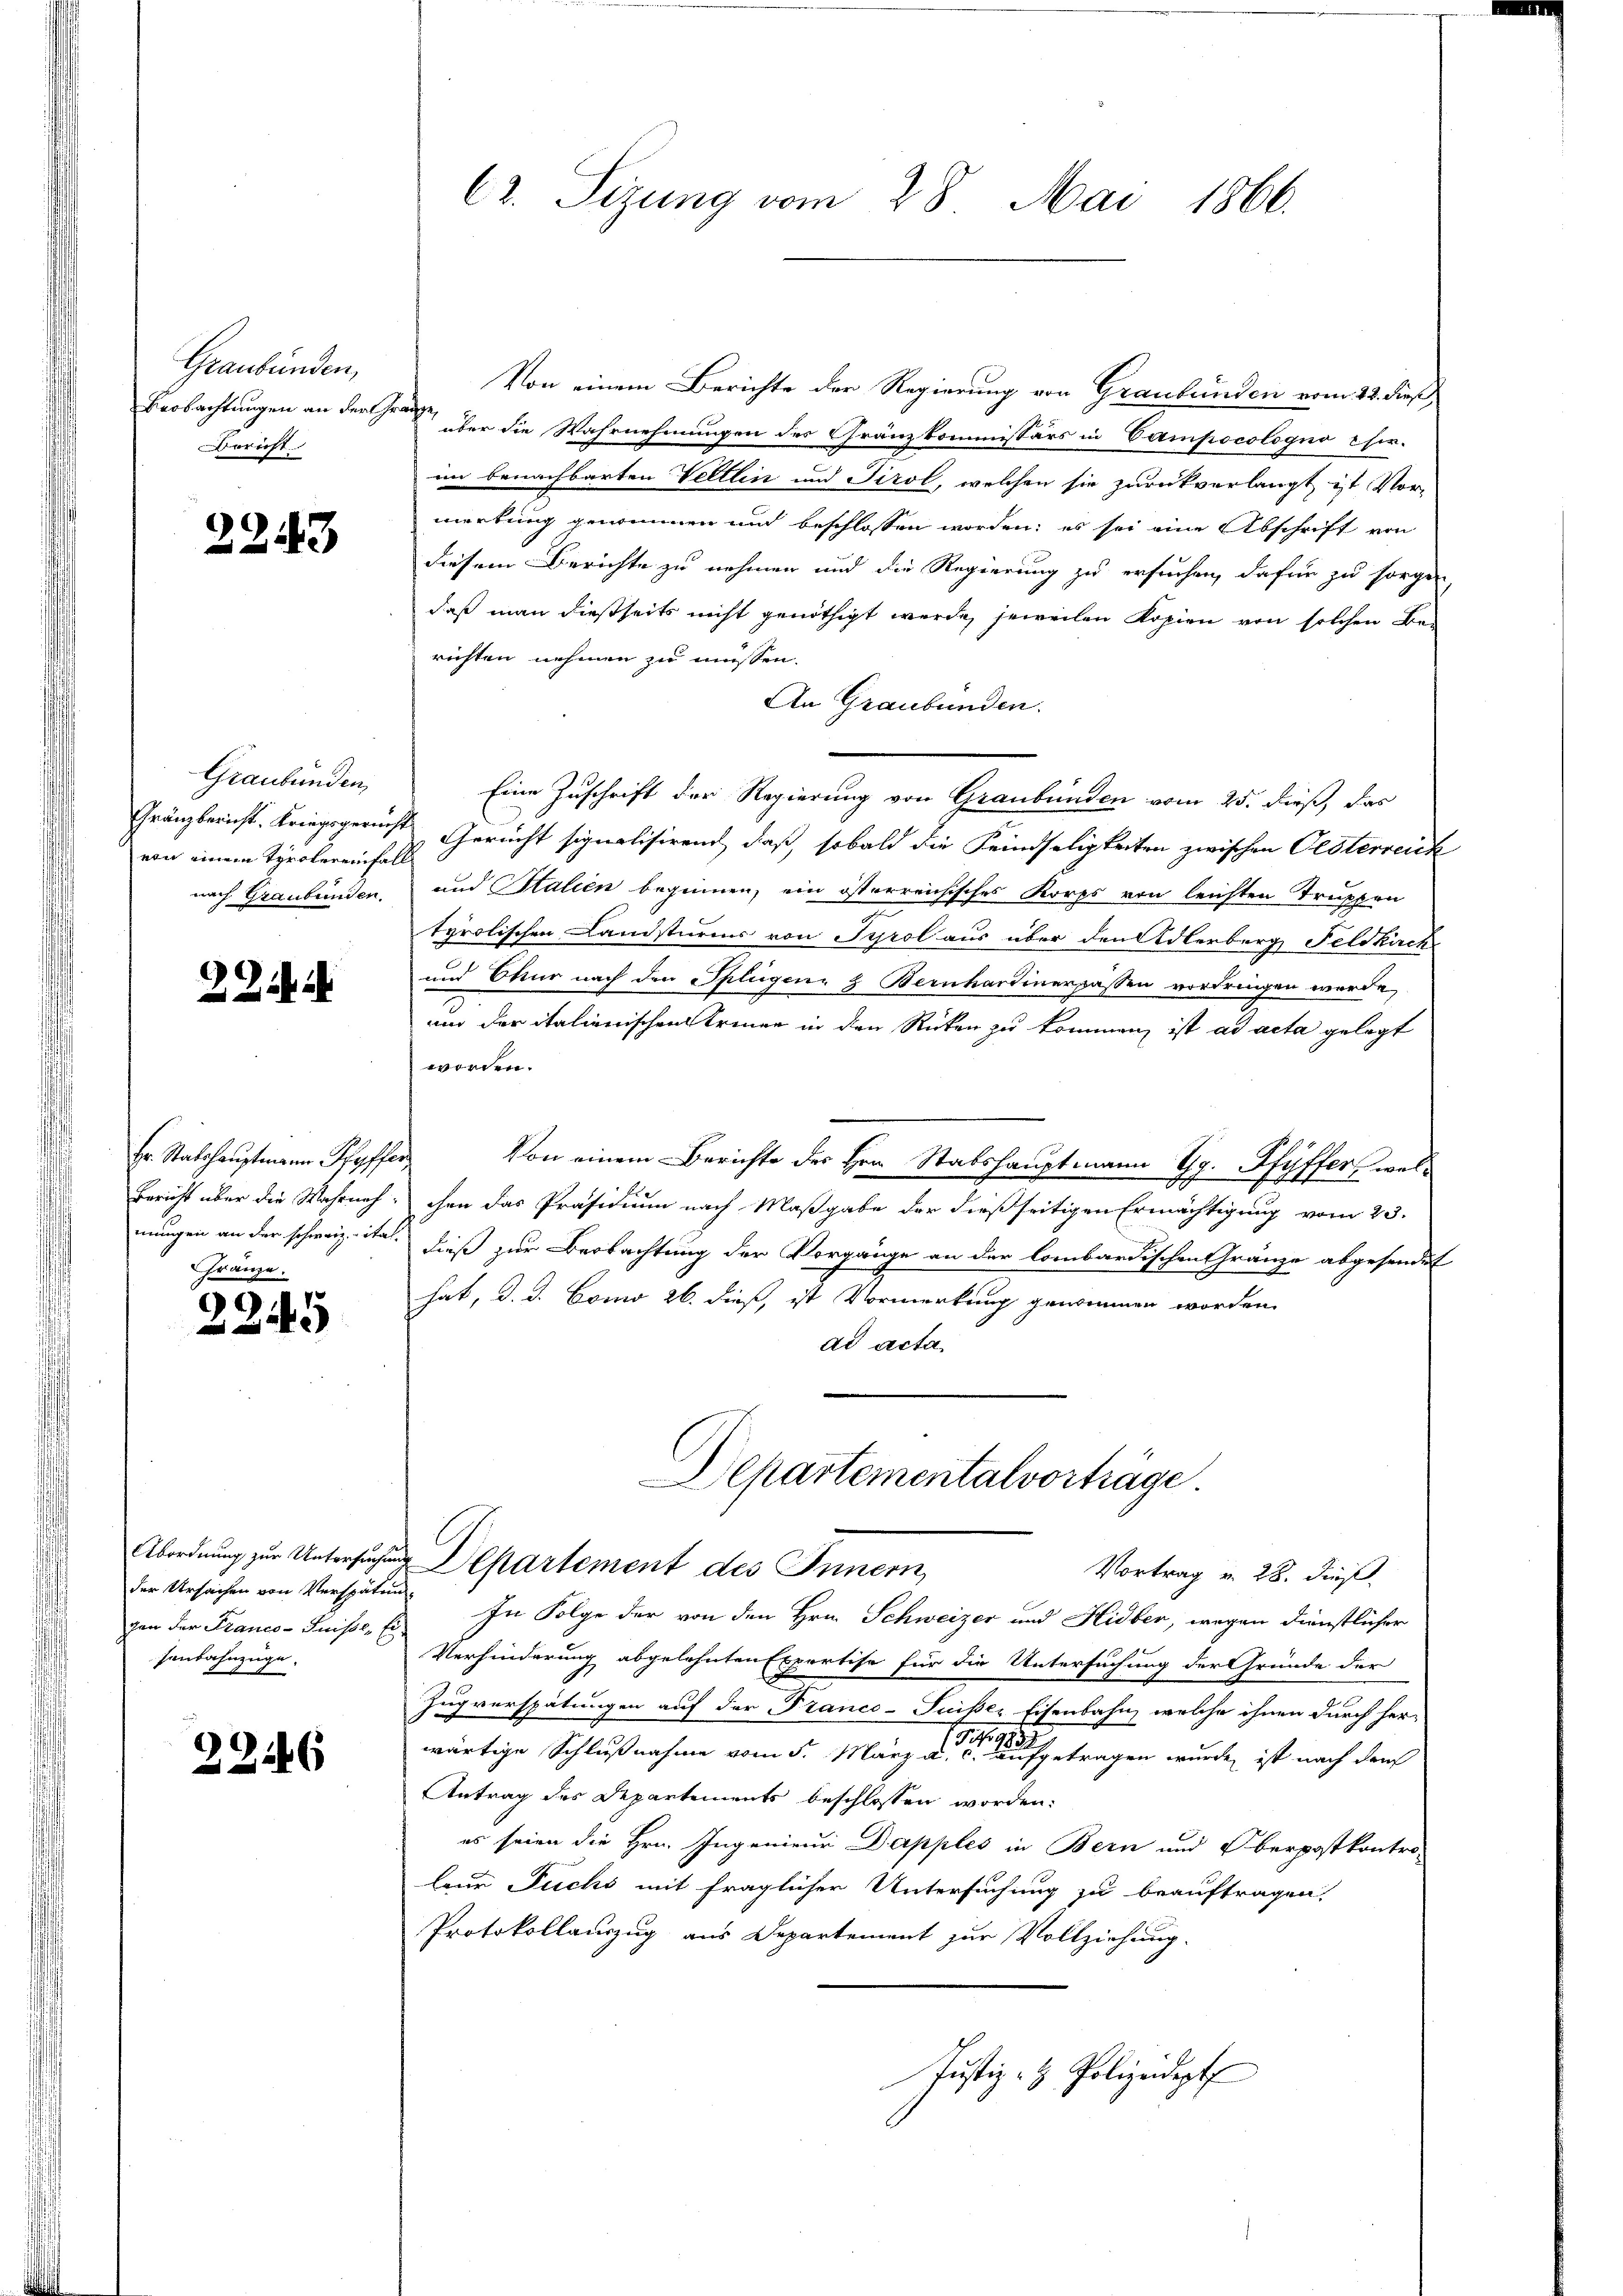
Graubünden,
Beobachtungen an Fert
Bericht

2243

Graubünden,
von einem Tyrolereinfall
nach Graubünden.

2 Schif

Bericht über die Wahrnah
mungen an der schweiz. ita
Gränze.

2245

der Ursachen von Verspätung.
gen der Franco- Puisse, Ei-
senbahnzüge.

28146

C. Sizung vom 28. Mai 1866.

Von einem Berichte der Regierung von Graubünden vom 12. dieß,
 her die Wahrnehmungen der Gränzkommissärs in Vampocologna chie-
im benachbarten Veltlin und Tirol, welchen sie zurückverlangt ist Vor-
merkung genommen und beschlossen worden; es sei eine Abschrift von
diesem Berichte zu nehmen und die Regierung zu ersuchen, dafür zu sorgen,
daß man dießseits nicht genöthigt werde, jeweilen Kopien von solchen Berichten nehmen zu müssen.
An Graubünden.
Eine Zuschrift der Regierung von Graubünden vom 25. dieß, das
Gränzbericht. Kriegsgericht Gericht signalisirend, daß sobald die Feindseligkeiten zwischen Oesterreich
und Stalien beginnen, ein österreichisches Korps von leichten Truppen
tyrolischen Landsturms von Tyrol aus über den Adlerberg Feldkirch
und Etur nach den Splügen & Bernhardinerpassen vordringen werde
und der italienischen Treuen in den Rücken zu kommen, ist ad acta gelegt
worden.
Hr. Stabshauptmann Pfyffer Von einem Berichte des Hrn. Stabshauptmann Gg. Pfyffer, welchen das Präsidium nach Maßgabe der dießseitigen Ermächtigung vom 23.
dieß zur Beobachtung der Vorgänge an der lombardischen Gränze abgesendet
hat, d. d. Como 26. dieß, ist Vormerkung genommen worden.
ad acta.
Departementalvorträge
Abordnung zur Untersuchen Departement des Innern,
Vortrag v. 28. dieß.
In Folge der von den Hrn. Schweizer und Hidber, wegen dienstlicher
Verhinderung abgelehnten Expertise für die Untersuchung der Gründe der
Zugverspätungen auf der Franco-Suisser Eisenbahn, welche ihnen durch her-
wärtige Schlußnahme vom 5. März a. der eine aufgetragen wurde, ist nach dem
Antrag des Departements beschlossen worden:
es seien die Hrn. Ingenieur Dapples in Bern und Oberpostkontro-
leur Fuchs mit fraglicher Untersuchung zu beauftragen,
Protokollauszug aus Departement zur Vollziehung.
Justiz- & Polizeidept